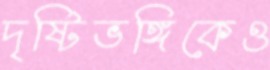
দৃষ্টিভঙ্গিকেও